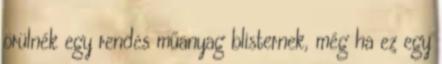
örülnék egy rendes műanyag blisternek, még ha ez egy